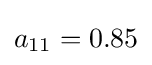
a_{11}=0.85